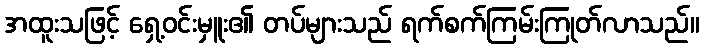
အထူးသဖြင့် ရှေ့ဝင်းမှူး၏ တပ်များသည် ရက်စက်ကြမ်းကြုတ်လာသည်။